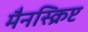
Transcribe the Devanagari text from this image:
मैनस्क्रिप्ट